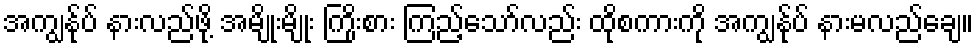
အကျွန်ုပ် နားလည်ဖို့ အမျိုးမျိုး ကြိုးစား ကြည့်သော်လည်း ထိုစကားကို အကျွန်ုပ် နားမလည်ချေ။